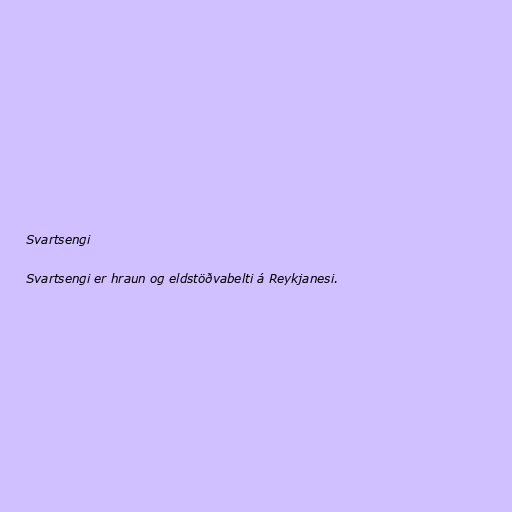
Svartsengi

Svartsengi er hraun og eldstöðvabelti á Reykjanesi.